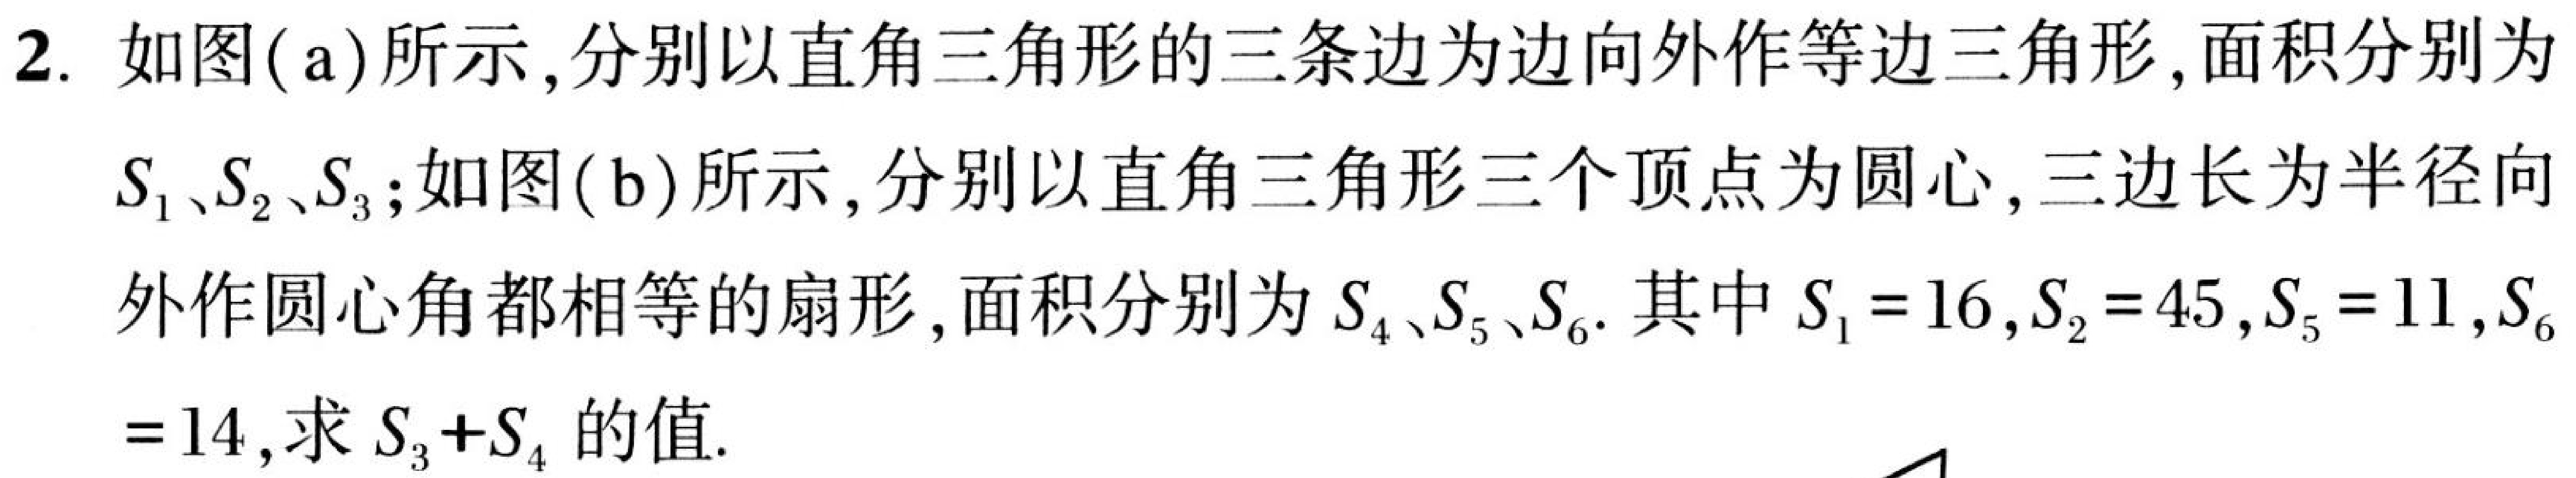
2. 如图( a)所示, 分别以直角三角形的三条边为边向外作等边三角形, 面积分别为$S_{1}、S_{2}、S_{3}$;如图( b)所示, 分别以直角三角形三个顶点为圆心, 三边长为半径向外作圆心角都相等的扇形, 面积分别为$S_{4}、S_{5}、S_{6}.$其中$S_{1}=16,S_{2}=45,S_{5}=11,S_{6}$$=14$,求$S_{3}+S_{4}$的值.